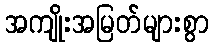
အကျိုးအမြတ်များစွာ